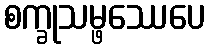
စက္ခုသမ္ဖဿေပေ